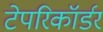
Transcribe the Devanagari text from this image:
टेपरिकॉर्डर